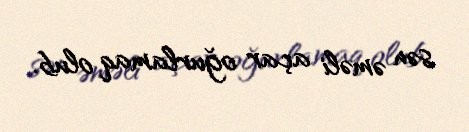
sən əməli açar oğurlamaq olub.